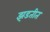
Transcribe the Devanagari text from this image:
झडतीत